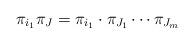
LaTeX: \begin{align*} \pi_{i_1}\pi_J=\pi_{i_1} \cdot \pi_{J_1}\cdots \pi_{J_m}\end{align*}